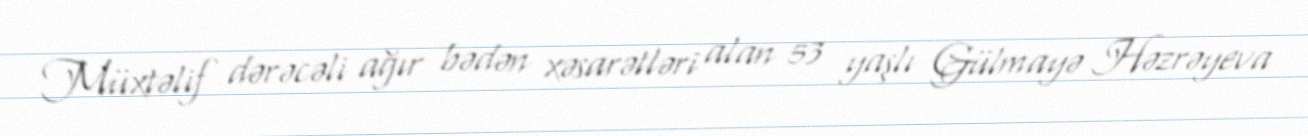
Müxtəlif dərəcəli ağır bədən xəsarətləri alan 53 yaşlı Gülmayə Həzrəyeva